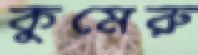
কুমেরু